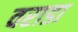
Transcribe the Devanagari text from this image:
वराडा